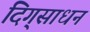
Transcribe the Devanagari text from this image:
दिग्‌साधन